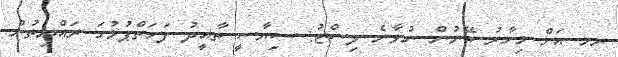
ރމ އަށް މިހާރު ބޭނުން ނުވާނެ ލިސްޓު: ސިޔާސީ ތާއީދު ފަހަތްޕުޅުގަ ރައްޔިތުން